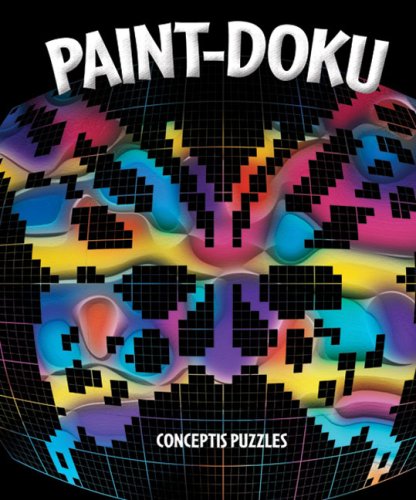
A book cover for Paint-doku; Conceptis Puzzles; Humor & Entertainment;